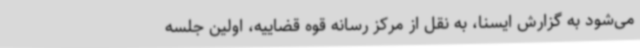
می‌شود به گزارش ایسنا، به نقل از مرکز رسانه قوه قضاییه، اولین جلسه